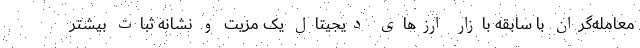
معامله‌گران با سابقه بازار ارزهای دیجیتال یک مزیت و نشانه ثبات بیشتر